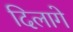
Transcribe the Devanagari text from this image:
दिलागे